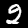
Digit: 2